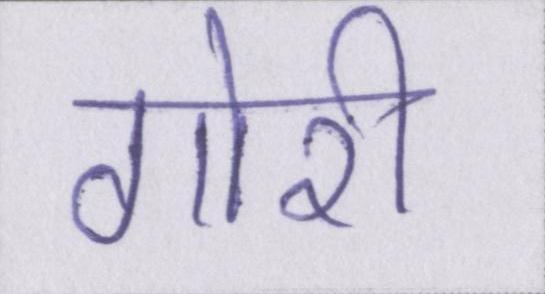
गोरी